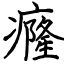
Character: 癃